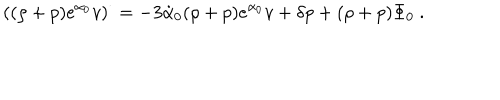
\left( ( \rho + p ) e ^ { \alpha _ { 0 } } v \right) ^ { \cdot } = - 3 \dot { \alpha } _ { 0 } ( \rho + p ) e ^ { \alpha _ { 0 } } v + \delta p + ( \rho + p ) \Phi _ { 0 } \ .